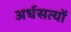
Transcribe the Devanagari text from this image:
अर्धसत्यों